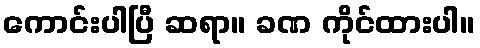
ကောင်းပါပြီ ဆရာ။ ခဏ ကိုင်ထားပါ။